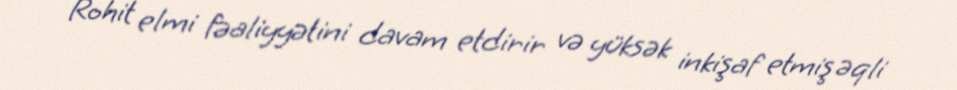
Rohit elmi fəaliyyətini davam etdirir və yüksək inkişaf etmiş əqli